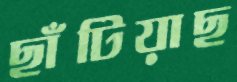
ছাঁটিয়াছ